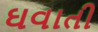
ઘવાતી